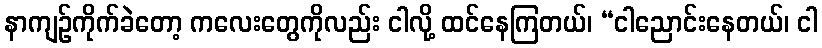
နာကျဉ်ကိုက်ခဲတော့ ကလေးတွေကိုလည်း ငါလို့ ထင်နေကြတယ်၊ “ငါညောင်းနေတယ်၊ ငါ